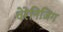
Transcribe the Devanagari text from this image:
वेरेनिजिंग